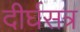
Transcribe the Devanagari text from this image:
दीर्घसत्र